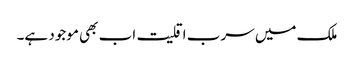
ملک میں سرب اقلیت اب بھی موجود ہے۔